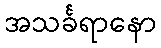
အသင်္ခရာနော